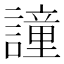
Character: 𧬤